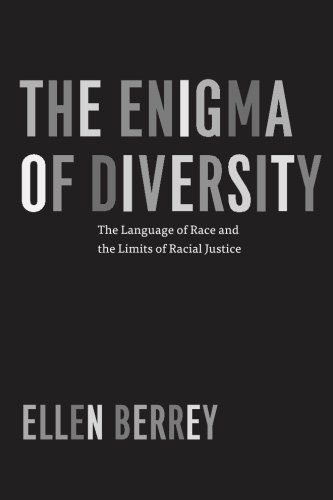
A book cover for The Enigma of Diversity: The Language of Race and the Limits of Racial Justice; Ellen Berrey; Law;